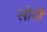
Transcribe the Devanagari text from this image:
सोसें